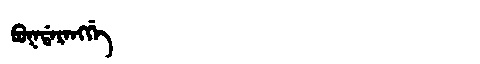
Manchu: ᠪᡠᡴᡩᠠᡵᠠᠩᡤᡝ
Romanization: BUKDARANGGE